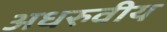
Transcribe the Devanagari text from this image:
अधरुवीय